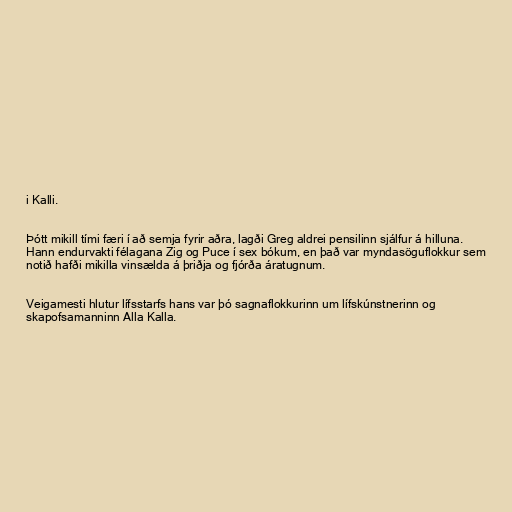
i Kalli.

Þótt mikill tími færi í að semja fyrir aðra, lagði Greg aldrei pensilinn sjálfur á hilluna.
Hann endurvakti félagana Zig og Puce í sex bókum, en það var myndasöguflokkur sem
notið hafði mikilla vinsælda á þriðja og fjórða áratugnum.

Veigamesti hlutur lífsstarfs hans var þó sagnaflokkurinn um lífskúnstnerinn og
skapofsamanninn Alla Kalla.